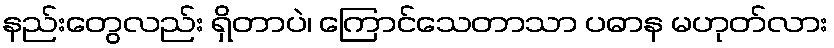
နည်းတွေလည်း ရှိတာပဲ၊ ကြောင်သေတာသာ ပဓာန မဟုတ်လား